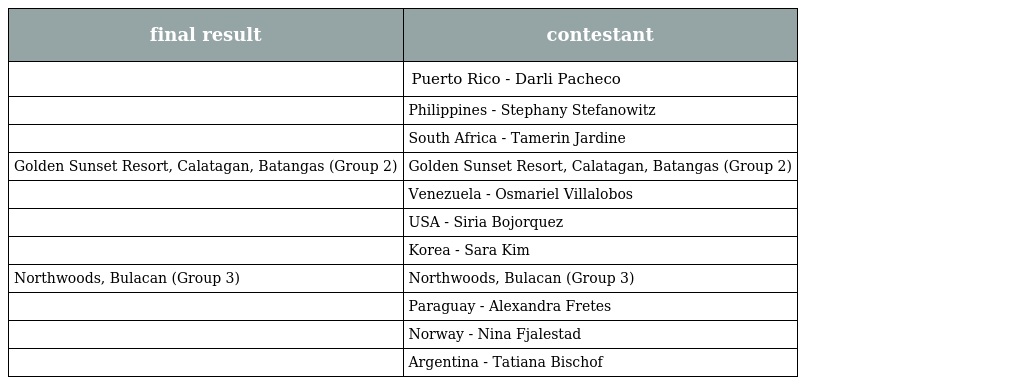
| final result | contestant |
 | --- | --- |
 |  | Puerto Rico - Darli Pacheco |
 |  | Philippines - Stephany Stefanowitz |
 |  | South Africa - Tamerin Jardine |
 | Golden Sunset Resort, Calatagan, Batangas (Group 2) | Golden Sunset Resort, Calatagan, Batangas (Group 2) |
 |  | Venezuela - Osmariel Villalobos |
 |  | USA - Siria Bojorquez |
 |  | Korea - Sara Kim |
 | Northwoods, Bulacan (Group 3) | Northwoods, Bulacan (Group 3) |
 |  | Paraguay - Alexandra Fretes |
 |  | Norway - Nina Fjalestad |
 |  | Argentina - Tatiana Bischof |